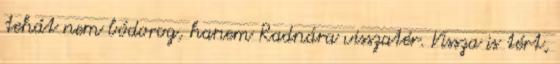
tehát nem bódorog, hanem Radnára visszatér. Vissza is tért,